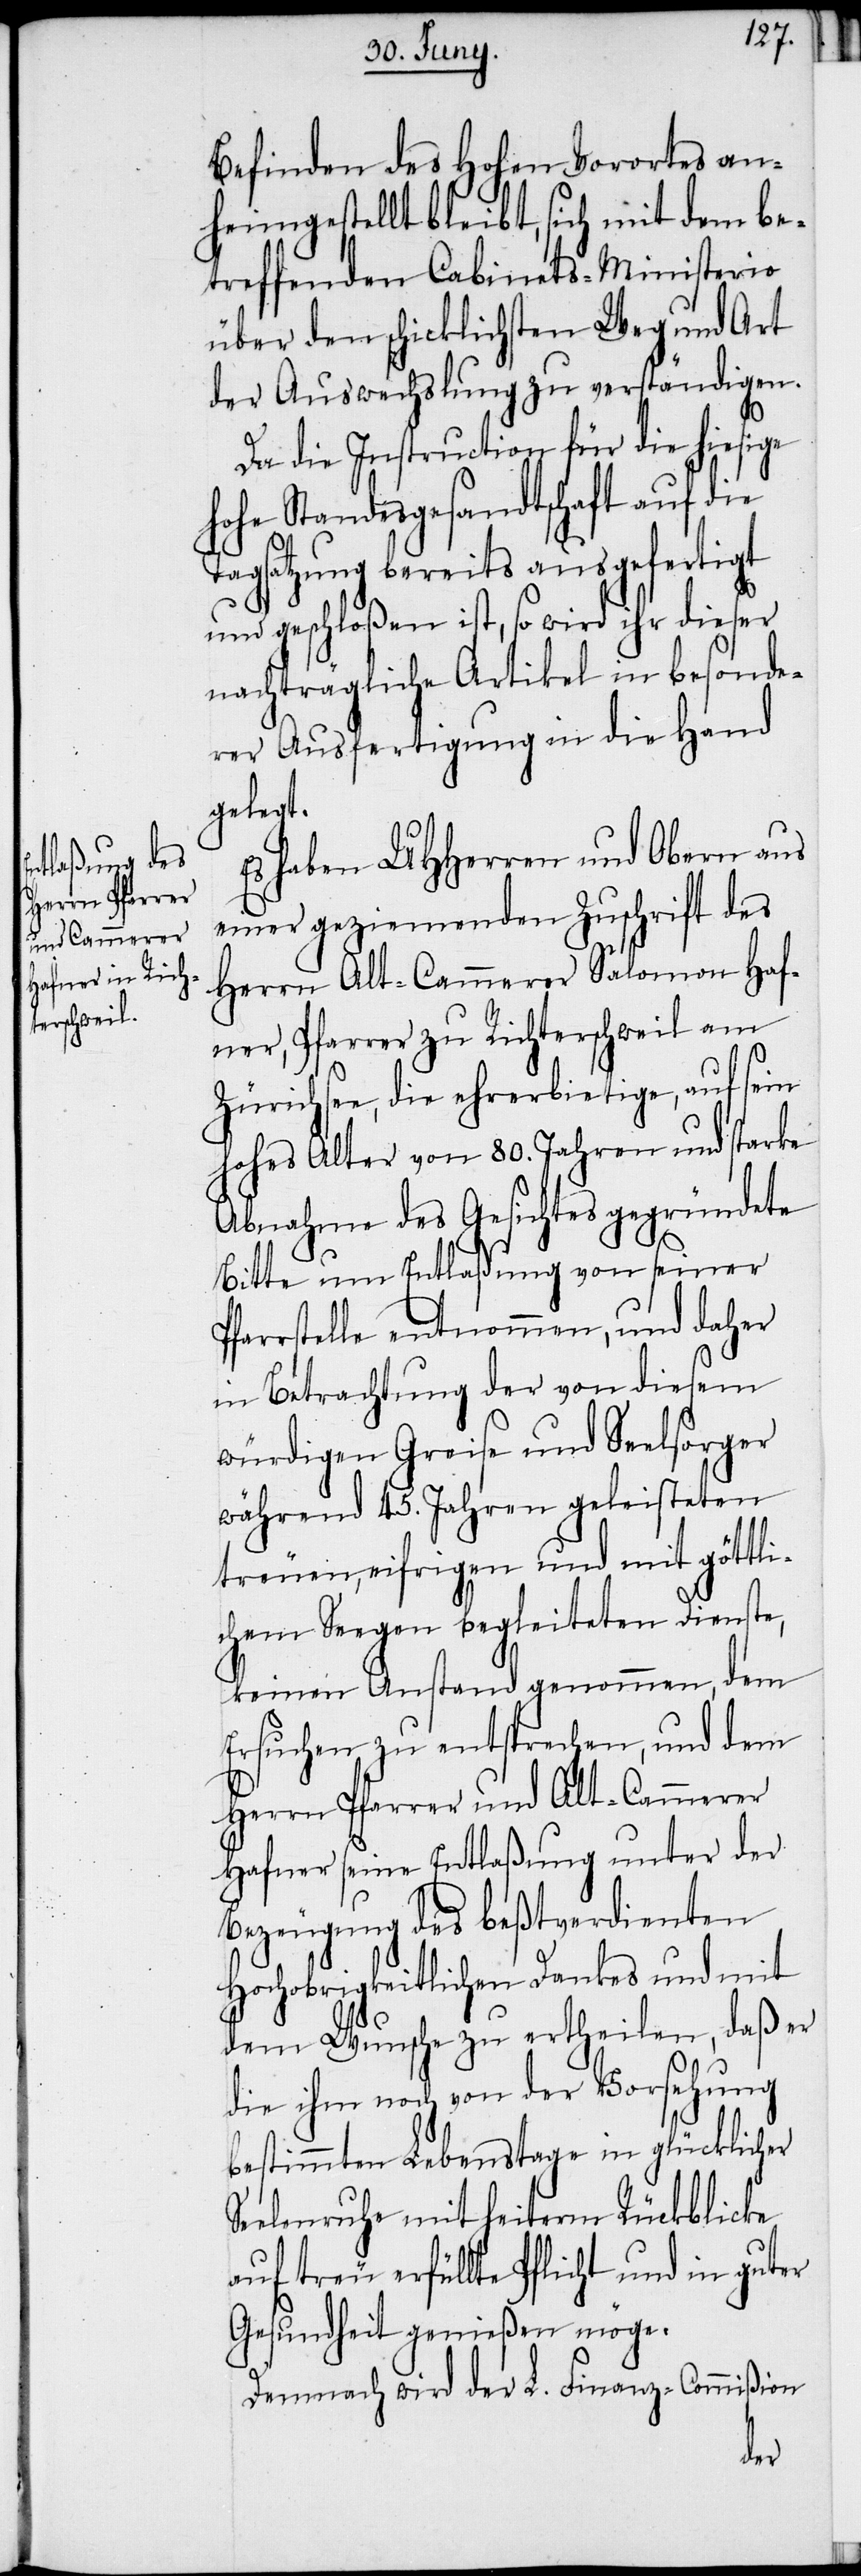
Befinden des Hohen Vorortes an¬
heimgestellt bleibt, sich mit dem be¬
treffenden Cabinets-Ministerio
über den schicklichsten Weg und Art
der Auswechslung zu verständigen.
Da die Instruction für die hiesige
hohe Standesgesandtschaft auf die
Tagsatzung bereits ausgefertigt
und geschloßen ist, so wird ihr dieser
nachträgliche Artikel in besonde¬
rer Ausfertigung in die Hand
gelegt.
Es haben UHHerren und Obern aus
einer geziemenden Zuschrift des
Herrn Alt-Cammerer Salomon Haf¬
ner, Pfarrer zu Richterschweil am
Zürichsee, die ehrerbietige, auf sein
hohes Alter von 80. Jahren und starke
Abnahme des Gesichtes gegründete
Bitte um Entlaßung von seiner
Pfarrstelle entnommen, und daher
in Betrachtung der von diesem
würdigen Greise und Seelsorger
während 45. Jahren geleisteten
treuen, eifrigen und mit göttli¬
chem Seegen begleiteten Dienste,
keinen Anstand genommen, dem
Ersuchen zu entsprechen, und dem
Herrn Pfarrer und Alt-Cammerer
Hafner seine Entlaßung unter der
Bezeugung des beßtverdienten
Hochobrigkeitlichen Dankes und mit
dem Wunsche zu ertheilen, daß er
die ihm noch von der Vorsehung
bestimmten Lebenstage in glücklicher
Seelenruhe mit heiterm Rückblicke
auf treu erfüllte Pflicht und in guter
Gesundheit genießen möge.
Demnach wird der L. Finanz-Commißion